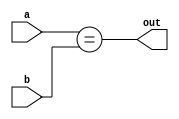
module equal_comparator (
    input wire a,
    input wire b,
    output wire out
);

// 
assign out = (a == b);

endmodule